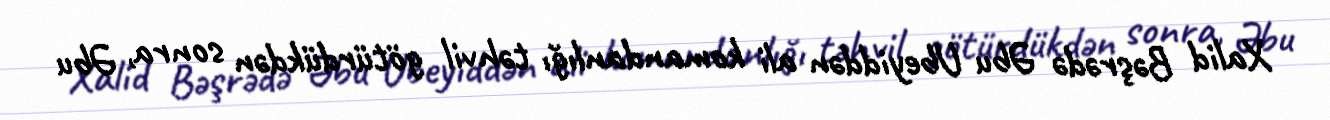
Xalid Bəşrədə Əbu Ubeyiddən ali komandanlığı təhvil götürdükdən sonra, Əbu